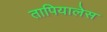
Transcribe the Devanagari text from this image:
तापियालेस